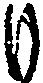
も